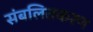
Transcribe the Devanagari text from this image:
संबलितकरण